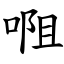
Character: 唨